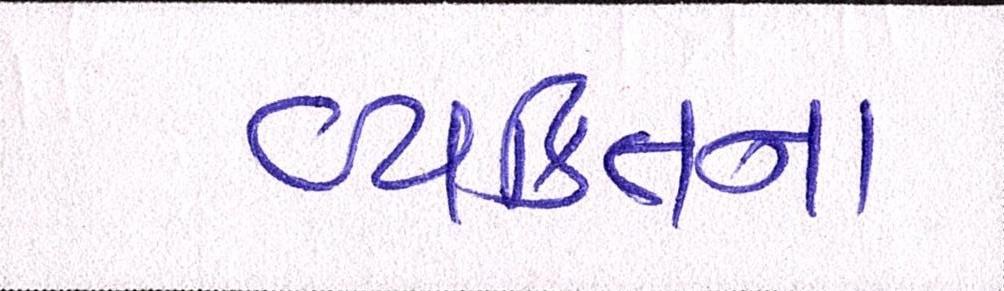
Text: વ્યક્તિના